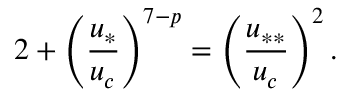
2 + \left( \frac { u _ { * } } { u _ { c } } \right) ^ { 7 - p } = \left( \frac { u _ { * * } } { u _ { c } } \right) ^ { 2 } .